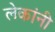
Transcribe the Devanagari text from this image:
लेकांनी